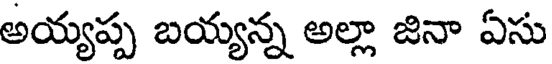
అయ్యప్ప బయ్యన్న అల్లా జినా ఏసు